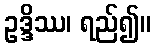
ဥဒ္ဒိဿ၊ ရည်၍။